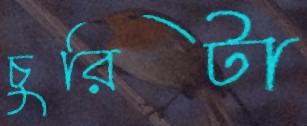
চুরিটা